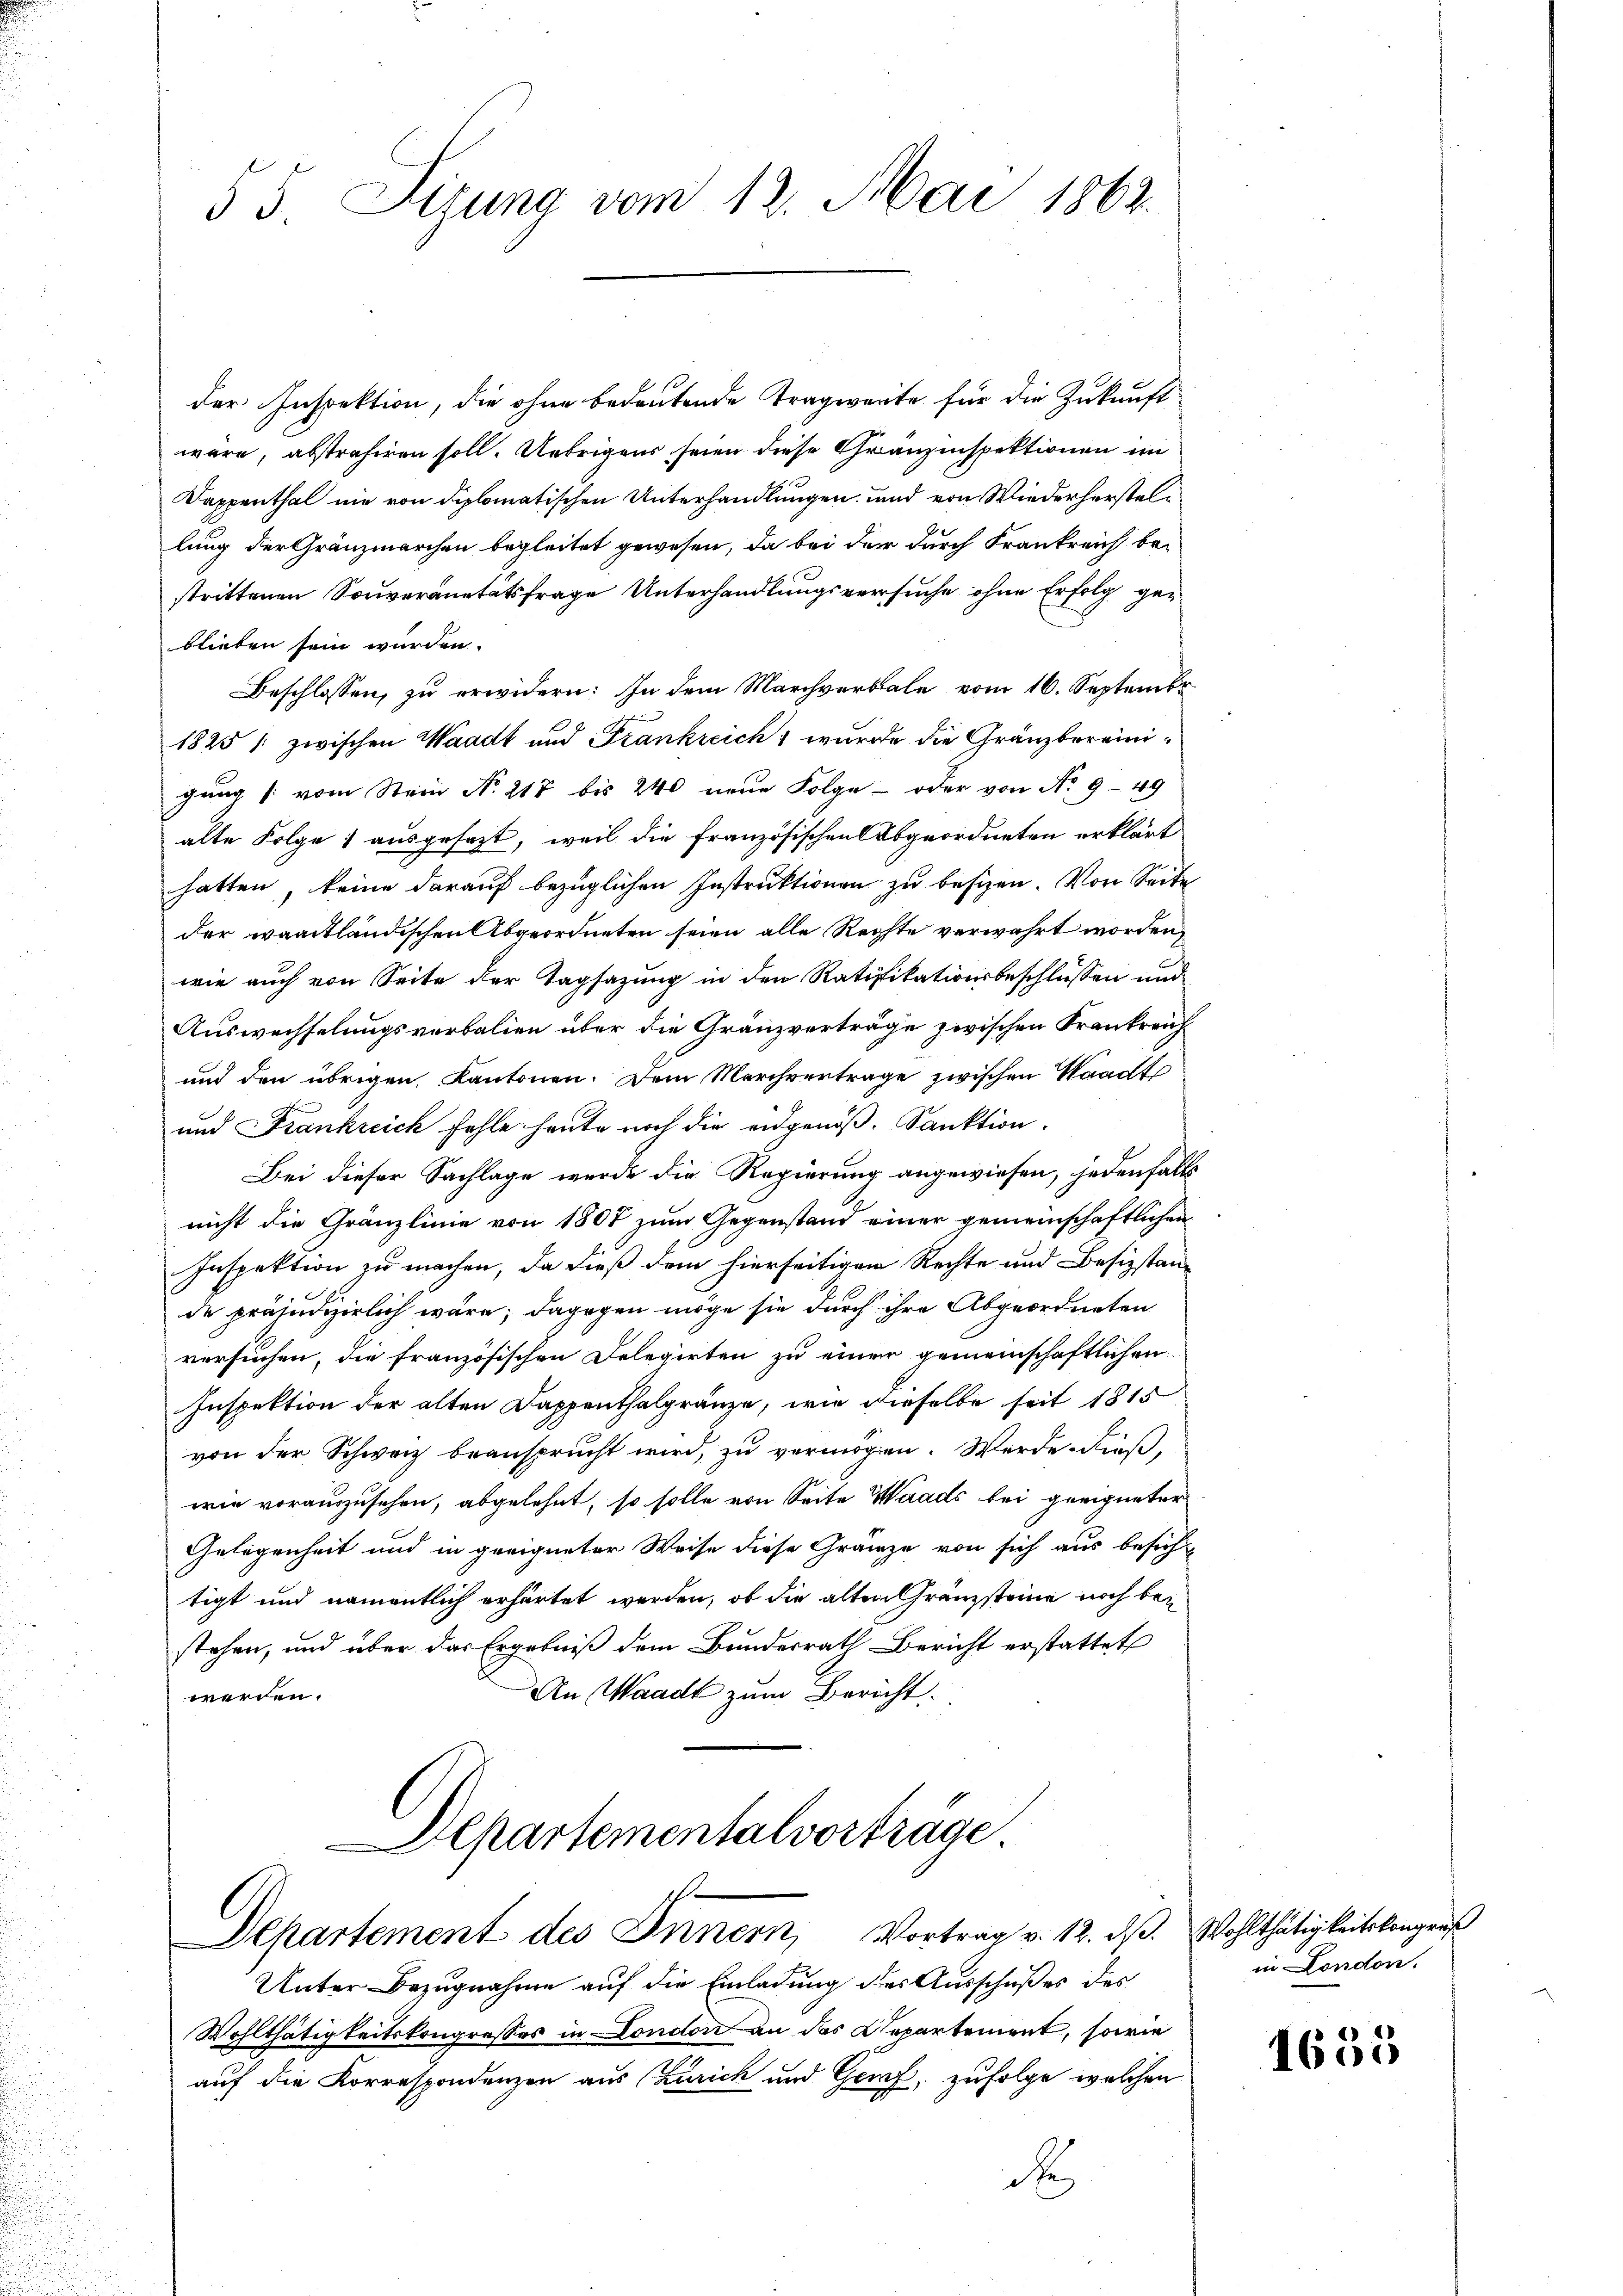
e
n

55 Sizung vom 12. Mai 1862.

der Inspektion, die ohne bedeutende Tragweite für die Zukunft
wäre, abstrahiren soll. Uebrigens seien diese Granzinspektionen im
Dappenthal nie von diplomatischen Unterhandlungen und von Wiederherstellung der Gränzmarchen begleitet gewesen, da bei der durch Frankreich bestrittenen Souveranetätsfrage Unterhandlungsversuche ohne Erfolg geblieben sein würden.
Beschlossen, zu erwidern: In dem Marchverbale vom 16. Septembe
1825 /: zwischen Waadt und Frankreich wurde die Gränzbereinigung vom Stein No 217 bis 240 neue Folge - oder von No 949
alte Folge ausgesezt, weil die französischen Abgeordneten erklärt
hatten, keine darauf bezüglichen Instruktionen zu bessen. Von Seite
der waadtländischen Abgeordneten seien alle Rechte verwahrt worden,
wie auch von Seite der Tagsazung in den Ratifikationsbeschlüssen und
Auswechselungsverbalien über die Gränzverträge zwischen Frankreich¬
und den übrigen Kantonen. Dem Marchvertrage zwischen Waadt
und Frankreich fehle heute noch die eidgenöß. Sanktion.
Bei dieser Sachlage wurde die Regierung angewiesen, jedenfalls
nicht die Gränzlinie von 1807 zum Gegenstand einer gemeinschaftlichen
Inspektion zu machen, da dieß dem hierseitigen Rechte und Besizstande präjudizierlich wäre; dagegen möge sie durch ihre Abgeordneten
versuchen, die französischen Delegirten zu einer gemeinschaftlichen
Inspektion der alten Dappenthalgränze, wie dieselbe seit 1815
von der Schwarz beansprucht wird, zu vermögen. Werde dieß,
wie vorauszusehen, abgelehnt, so solle von Seite Waads bei geeigneter
Gelegenheit und in geeigneter Weise diese Gränze von sich aus besichtigt und namentlich erhärtet werden, ob die alten Gränzsteine noch bestehen, und über das Ergebniß dem Bundesrath Bericht erstattet
An Waadt zum Bericht
werden.

Departementalvorträge
sch
Departement des Innern, Vortrag v. 12. dβ. Wohlthätigkeitskongreß

Unter Bezugnahme auf die Einladung des Ausschußes des
Wohlthätigkeitskongresses in London an das Departement, sowie
auf die Korrespondenzen aus Zürich und Genf, zufolge welchen
d

in London.

1635